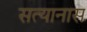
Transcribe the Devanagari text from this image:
सत्यानास